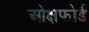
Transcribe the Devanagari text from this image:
ओक्षफोर्ड